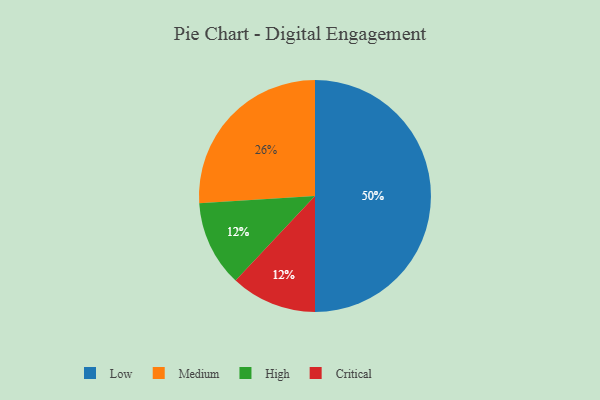
{"axis": {"x": "Category", "y": "Percentage"}, "legend": ["Critical", "High", "Low", "Medium"], "data": [{"x": "High", "y": 12, "type": "High"}, {"x": "Medium", "y": 26, "type": "Medium"}, {"x": "Low", "y": 50, "type": "Low"}, {"x": "Critical", "y": 12, "type": "Critical"}]}